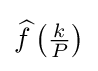
{\widehat {f}}\left({\tfrac {k}{P}}\right)